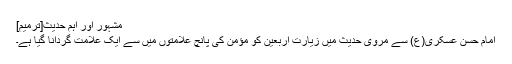
مشہور اور اہم حدیث[ترمیم]
امام حسن عسکری(ع) سے مروی حدیث میں زیارت اربعین کو مؤمن کی پانچ علامتوں میں سے ایک علامت گردانا گیا ہے۔